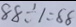
8 8 \div 1 = 8 8